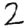
Digit: 2